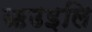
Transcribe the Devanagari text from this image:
ऋउइलि